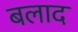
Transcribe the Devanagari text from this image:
बलाद